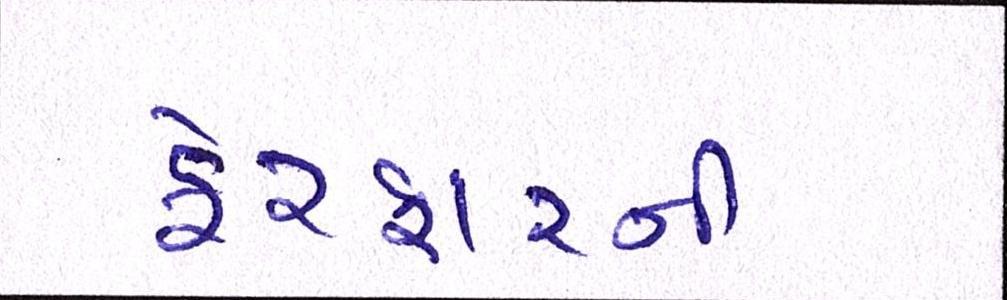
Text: ફેરફારની